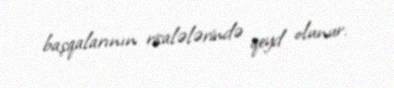
başqalarının risalələrində qeyd olunur.